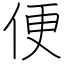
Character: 便